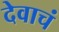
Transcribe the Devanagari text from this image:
देवाचं